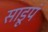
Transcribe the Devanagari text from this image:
साडूपं